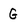
Character: G